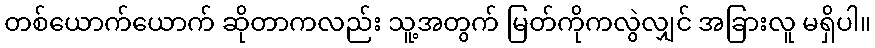
တစ်ယောက်ယောက် ဆိုတာကလည်း သူ့အတွက် မြတ်ကိုကလွဲလျှင် အခြားလူ မရှိပါ။